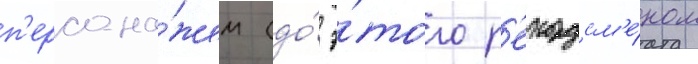
п'ерсона́жем (до́ э́того р'екордсм'е́ном